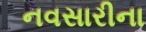
નવસારીના